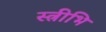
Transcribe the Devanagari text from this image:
स्त्रीभि